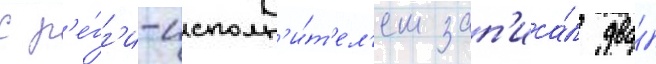
с р'е́гг'и-исполн'и́т'ел'ем зап'иса́л два́